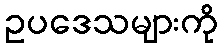
ဥပဒေသများကို